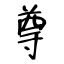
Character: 尊